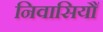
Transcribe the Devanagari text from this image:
निवासियौं